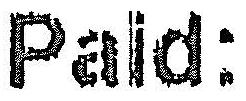
PAID: